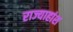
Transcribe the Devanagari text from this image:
राज्याहांश